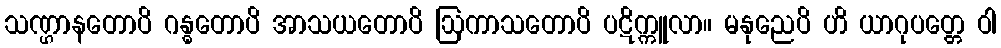
သဏ္ဌာနတောပိ ဂန္ဓတောပိ အာသယတောပိ ဩကာသတောပိ ပဋိက္ကူလာ။ မနုညေပိ ဟိ ယာဂုပတ္တေ ဝါ